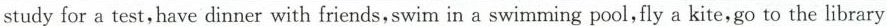
studyforatest,havedinnerwith friends,swiminaswimmingpool,flya kite,gotothelibrary